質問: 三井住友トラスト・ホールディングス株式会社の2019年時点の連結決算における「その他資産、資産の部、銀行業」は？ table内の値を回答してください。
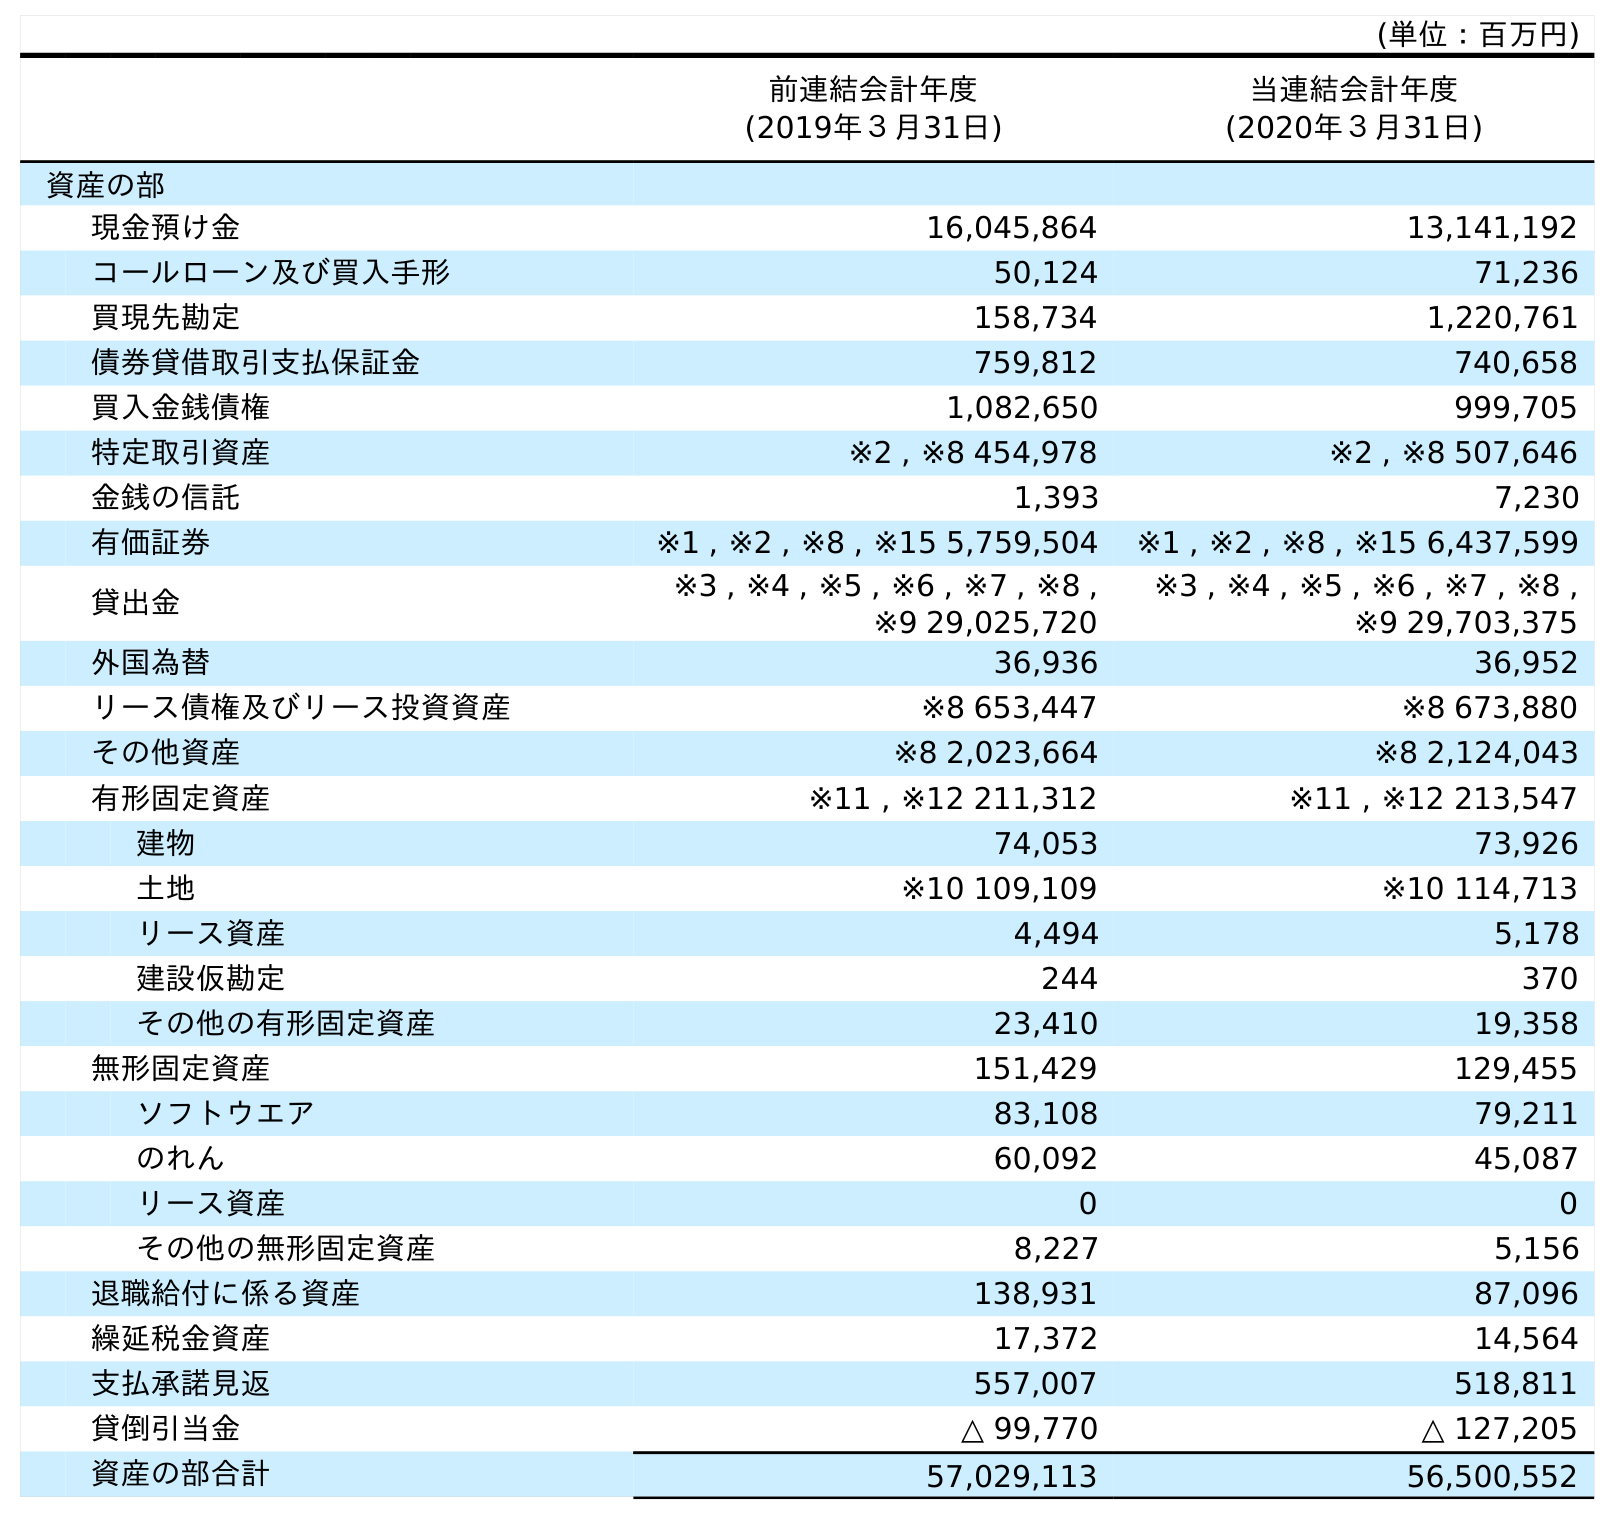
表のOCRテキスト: (単位：百万円) 前連結会計年度 (2019年３月31日) 当連結会計年度 (2020年３月31日) 資産の部 現金預け金 16,045,864 13,141,192 コールローン及び買入手形 50,124 71,236 買現先勘定 158,734 1,220,761 債券貸借取引支払保証金 759,812 740,658 買入金銭債権 1,082,650 999,705 特定取引資産 ※2 , ※8 454,978 ※2 , ※8 507,646 金銭の信託 1,393 7,230 有価証券 ※1 , ※2 , ※8 , ※15 5,759,504 ※1 , ※2 , ※8 , ※15 6,437,599 貸出金 ※3 , ※4 , ※5 , ※6 , ※7 , ※8 , ※9 29,025,720 ※3 , ※4 , ※5 , ※6 , ※7 , ※8 , ※9 29,703,375 外国為替 36,936 36,952 リース債権及びリース投資資産 ※8 653,447 ※8 673,880 その他資産 ※8 2,023,664 ※8 2,124,043 有形固定資産 ※11 , ※12 211,312 ※11 , ※12 213,547 建物 74,053 73,926 土地 ※10 109,109 ※10 114,713 リース資産 4,494 5,178 建設仮勘定 244 370 その他の有形固定資産 23,410 19,358 無形固定資産 151,429 129,455 ソフトウエア 83,108 79,211 のれん 60,092 45,087 リース資産 0 0 その他の無形固定資産 8,227 5,156 退職給付に係る資産 138,931 87,096 繰延税金資産 17,372 14,564 支払承諾見返 557,007 518,811 貸倒引当金 △ 99,770 △ 127,205 資産の部合計 57,029,113 56,500,552
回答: ※82,023,664